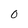
Character: 0